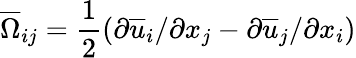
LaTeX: \overline{{\Omega}}_{ij}=\frac{1}{2}(\partial{\overline{{u}}_{i}}/\partial{x_{j}}-\partial{\overline{{u}}_{j}}/\partial{x_{i}})